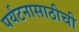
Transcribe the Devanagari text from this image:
पर्यटनासाठीची